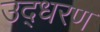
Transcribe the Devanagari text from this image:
उद्‍धरण